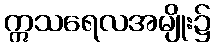
ဣသရေလအမျိုး၌